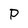
Character: P